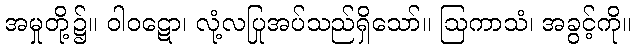
အမှုတို့၌။ ဝါဝဋော၊ လုံ့လပြုအပ်သည်ရှိသော်။ ဩကာသံ၊ အခွင့်ကို။